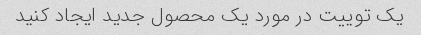
یک توییت در مورد یک محصول جدید ایجاد کنید